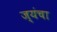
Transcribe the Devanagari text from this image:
ज्यंचा